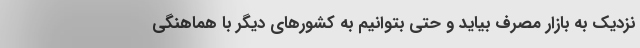
نزدیک به بازار مصرف بیاید و حتی بتوانیم به کشورهای دیگر با هماهنگی